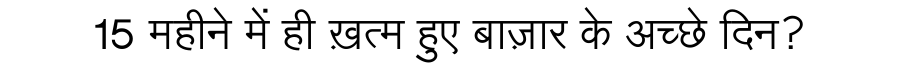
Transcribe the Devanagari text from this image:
15 महीने में ही ख़त्म हुए बाज़ार के अच्छे दिन?